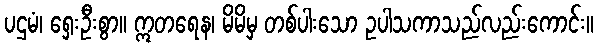
ပဌမံ၊ ရှေးဦးစွာ။ ဣတရေန၊ မိမိမှ တစ်ပါးသော ဥပါသကာသည်လည်းကောင်း။